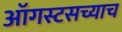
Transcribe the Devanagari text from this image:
ऑगस्टसच्याच